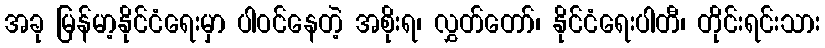
အခု မြန်မာ့နိုင်ငံရေးမှာ ပါဝင်နေတဲ့ အစိုးရ၊ လွှတ်တော်၊ နိုင်ငံရေးပါတီ၊ တိုင်းရင်းသား